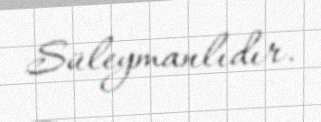
Süleymanlıdır.